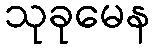
သုခုမေန